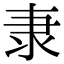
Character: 𮥴